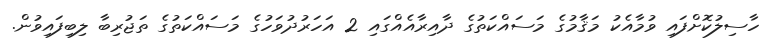
ހާސިލުކޮށްފައި ވުމާއެކު މަޤާމުގެ މަސައްކަތުގެ ދާއިރާއެއްގައި 2 އަހަރުދުވަހުގެ މަސައްކަތުގެ ތަޖުރިބާ ލިބިފައިވުން.